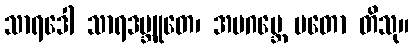
သာရဒေါ သာရဒဗ္ဘူတေ၊ အပဂဗ္ဘေ မတော တိသု။